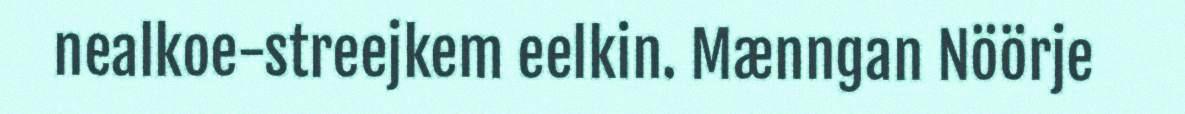
nealkoe-streejkem eelkin. Mænngan Nöörje